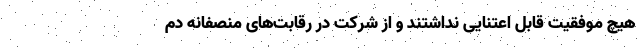
هیچ موفقیت قابل اعتنایی نداشتند و از شرکت در رقابت‌های منصفانه دم